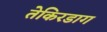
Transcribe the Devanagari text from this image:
तेकिरडाग